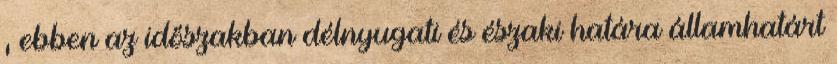
, ebben az időszakban délnyugati és északi határa államhatárt